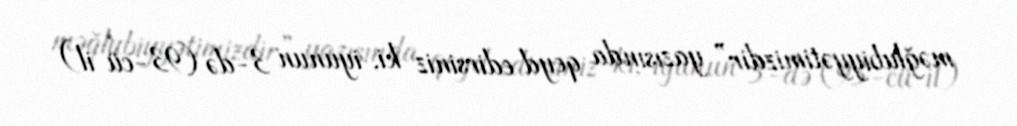
məğlubiyyətimizdir” yazısında qeyd edirsiniz ki, iyunun 3-də (93-cü il)